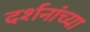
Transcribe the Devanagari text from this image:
दर्शनांच्या